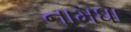
નામધા